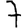
Digit: 7